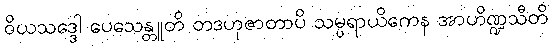
ဝိယသဒ္ဒေါ ပေသေန္တူတိ တဒဟုဇာတာပိ သမ္ပရာယိကေန အာဟိဏ္ဍသီတိ